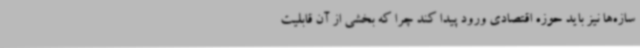
سازه‌ها نیز باید حوزه اقتصادی ورود پیدا کند چرا که بخشی از آن قابلیت